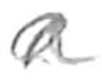
Text: a
Cross-out: wave
Writing tool: pencil